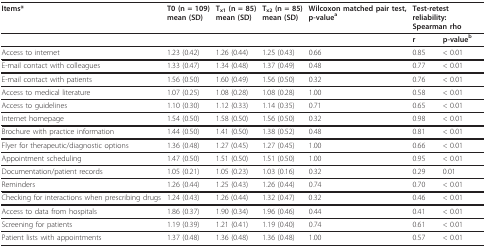
<table><thead><tr><td><b>Items*</b></td><td><b>T0 (n = 109)mean (SD)</b></td><td><b>T<sub>x1 </sub>(n = 85)mean (SD)</b></td><td><b>T<sub>x2 </sub>(n = 85)mean (SD)</b></td><td><b>Wilcoxon matched pair test, p-value<sup>a</sup></b></td><td colspan="2"><b>Test-retest reliability: Spearman rho</b></td></tr></thead><tbody><tr><td>[EMPTY_CELL]</td><td>[EMPTY_CELL]</td><td>[EMPTY_CELL]</td><td>[EMPTY_CELL]</td><td>[EMPTY_CELL]</td><td><b>r</b></td><td><b>p-value</b><sup>b</sup></td></tr><tr><td>Access to internet</td><td>1.23 (0.42)</td><td>1.26 (0.44)</td><td>1.25 (0.43)</td><td>0.66</td><td>0.85</td><td>&lt; 0.01</td></tr><tr><td>E-mail contact with colleagues</td><td>1.33 (0.47)</td><td>1.34 (0.48)</td><td>1.37 (0.49)</td><td>0.48</td><td>0.77</td><td>&lt; 0.01</td></tr><tr><td>E-mail contact with patients</td><td>1.56 (0.50)</td><td>1.60 (0.49)</td><td>1.56 (0.50)</td><td>0.32</td><td>0.76</td><td>&lt; 0.01</td></tr><tr><td>Access to medical literature</td><td>1.07 (0.25)</td><td>1.08 (0.28)</td><td>1.08 (0.28)</td><td>1.00</td><td>0.58</td><td>&lt; 0.01</td></tr><tr><td>Access to guidelines</td><td>1.10 (0.30)</td><td>1.12 (0.33)</td><td>1.14 (0.35)</td><td>0.71</td><td>0.65</td><td>&lt; 0.01</td></tr><tr><td>Internet homepage</td><td>1.54 (0.50)</td><td>1.58 (0.50)</td><td>1.56 (0.50)</td><td>0.32</td><td>0.98</td><td>&lt; 0.01</td></tr><tr><td>Brochure with practice information</td><td>1.44 (0.50)</td><td>1.41 (0.50)</td><td>1.38 (0.52)</td><td>0.48</td><td>0.81</td><td>&lt; 0.01</td></tr><tr><td>Flyer for therapeutic/diagnostic options</td><td>1.36 (0.48)</td><td>1.27 (0.45)</td><td>1.27 (0.45)</td><td>1.00</td><td>0.66</td><td>&lt; 0.01</td></tr><tr><td>Appointment scheduling</td><td>1.47 (0.50)</td><td>1.51 (0.50)</td><td>1.51 (0.50)</td><td>1.00</td><td>0.95</td><td>&lt; 0.01</td></tr><tr><td>Documentation/patient records</td><td>1.05 (0.21)</td><td>1.05 (0.23)</td><td>1.03 (0.16)</td><td>0.32</td><td>0.29</td><td>0.01</td></tr><tr><td>Reminders</td><td>1.26 (0.44)</td><td>1.25 (0.43)</td><td>1.26 (0.44)</td><td>0.74</td><td>0.70</td><td>&lt; 0.01</td></tr><tr><td>Checking for interactions when prescribing drugs</td><td>1.24 (0.43)</td><td>1.26 (0.44)</td><td>1.32 (0.47)</td><td>0.32</td><td>0.46</td><td>&lt; 0.01</td></tr><tr><td>Access to data from hospitals</td><td>1.86 (0.37)</td><td>1.90 (0.34)</td><td>1.96 (0.46)</td><td>0.44</td><td>0.41</td><td>&lt; 0.01</td></tr><tr><td>Screening for patients</td><td>1.19 (0.39)</td><td>1.21 (0.41)</td><td>1.19 (0.40)</td><td>0.74</td><td>0.61</td><td>&lt; 0.01</td></tr><tr><td>Patient lists with appointments</td><td>1.37 (0.48)</td><td>1.36 (0.48)</td><td>1.36 (0.48)</td><td>1.00</td><td>0.57</td><td>&lt; 0.01</td></tr></tbody></table>